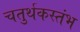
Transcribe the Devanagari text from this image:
चतुर्थकस्तंभ